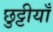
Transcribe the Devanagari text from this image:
छुट्टीयाँ